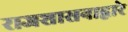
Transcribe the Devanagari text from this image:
राजशासनाद्वारे